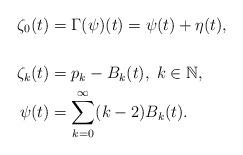
LaTeX: \begin{align*} \zeta_0(t) & = \Gamma(\psi)(t) = \psi(t) + \eta(t), \\\\\zeta_k(t) & = p_k - B_k(t), \; k \in \mathbb{N}, \\\psi(t) & = \sum_{k=0}^\infty (k-2) B_k(t).\end{align*}